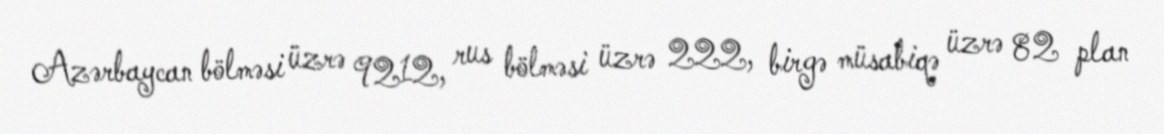
Azərbaycan bölməsi üzrə 9212, rus bölməsi üzrə 222, birgə müsabiqə üzrə 82 plan